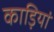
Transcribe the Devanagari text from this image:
काड़ियां